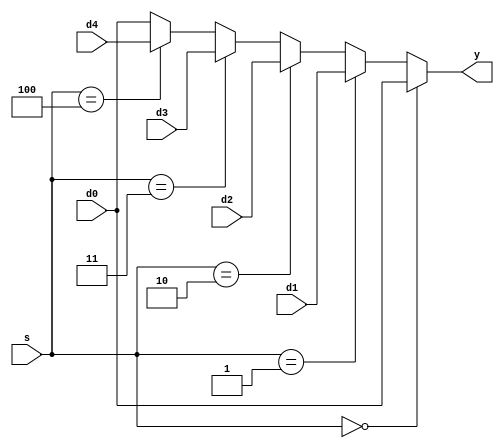
`timescale 1ns / 1ps

/*
	: mux5
	: 
	:
		d0			3'b000-
		d1			3'b001-
		d2			3'b010-
		d3			3'b011-
		d4			3'b100-
		s			
	:
		y			
*/
module mux5 #(parameter WIDTH = 8)(
	input 	wire[WIDTH-1:0] 	d0, d1, d2, d3, d4,
	input 	wire[2:0] 			s,
	output 	wire[WIDTH-1:0] 	y
    );

	assign y = (
		(s == 3'b000) ? d0 :
		(s == 3'b001) ? d1 :
		(s == 3'b010) ? d2 : 
        (s == 3'b011) ? d3 : 
        (s == 3'b100) ? d4 : d0
	);
			   
endmodule